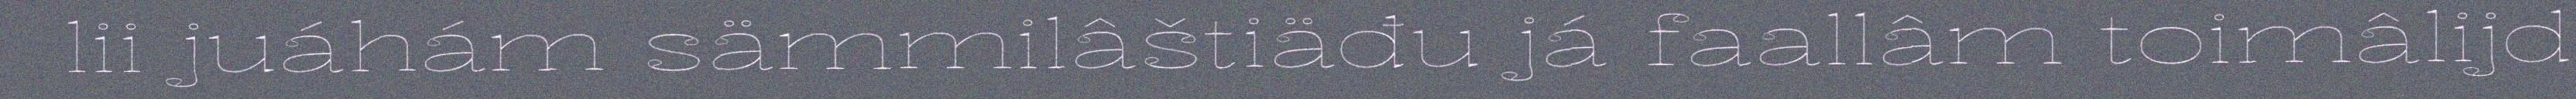
lii juáhám sämmilâštiäđu já faallâm toimâlijd